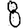
Digit: 8